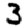
Digit: 3